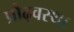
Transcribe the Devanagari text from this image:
प्रौढ़वस्था